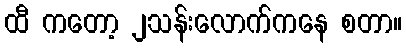
ထီ ကတော့ ၂သန်းလောက်ကနေ စတာ။